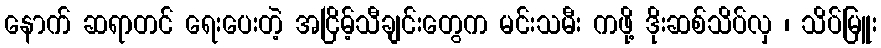
နောက် ဆရာတင် ရေးပေးတဲ့ အငြိမ့်သီချင်းတွေက မင်းသမီး ကဖို့ ဒိုးဆစ်သိပ်လှ ၊ သိပ်မြူး